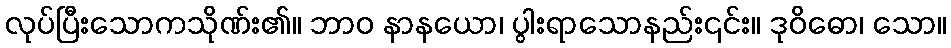
လုပ်ပြီးသောကသိုဏ်း၏။ ဘာဝ နာနယော၊ ပွါးရာသောနည်း၎င်း။ ဒုဝိဓော၊ သော။